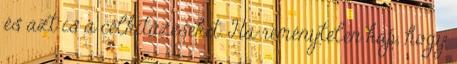
és azt is a célkitűzéseket. Ha reménytelen kap, hogy